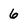
Character: 6